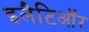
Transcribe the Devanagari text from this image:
इलैटिऑर